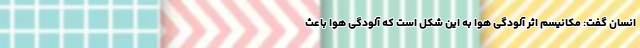
انسان گفت: مکانیسم اثر آلودگی هوا به این شکل است که آلودگی هوا باعث